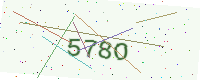
Text: 578O